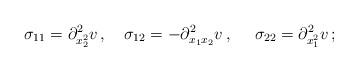
LaTeX: \begin{align*}\sigma_{11}=\partial^2_{x_2^2}v\,,\quad\sigma_{12}=-\partial^{2}_{x_1x_2}v\,,\quad\ \sigma_{22}=\partial^2_{x_1^2}v\,;\end{align*}